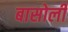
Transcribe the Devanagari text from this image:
बासोली